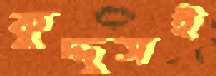
কুদ্দুসই